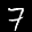
Label: 7